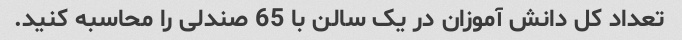
تعداد کل دانش آموزان در یک سالن با 65 صندلی را محاسبه کنید.